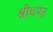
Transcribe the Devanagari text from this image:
श्रीधपंत